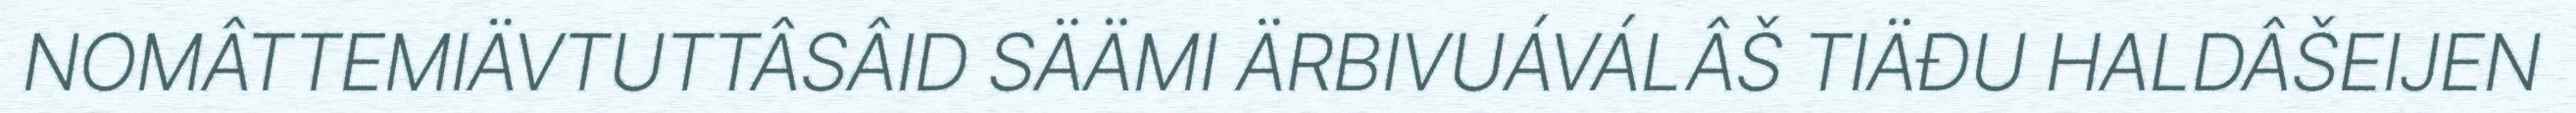
NOMÂTTEMIÄVTUTTÂSÂID SÄÄMI ÄRBIVUÁVÁLÂŠ TIÄĐU HALDÂŠEIJEN